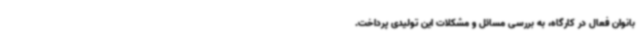
بانوان فعال در کارگاه، به بررسی مسائل و مشکلات این تولیدی پرداخت.